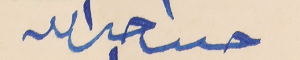
حىىب حىرالله